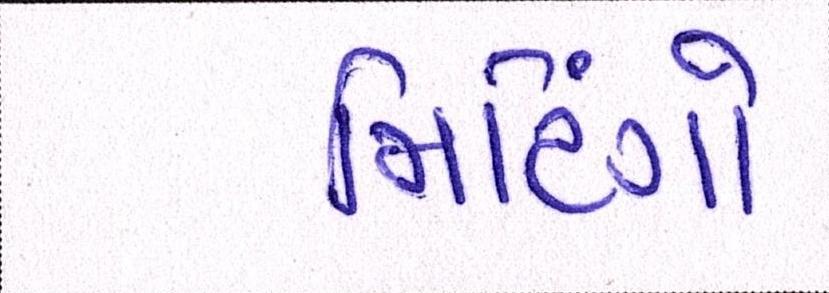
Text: મિટિંગો